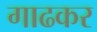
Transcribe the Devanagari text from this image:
गाढकर